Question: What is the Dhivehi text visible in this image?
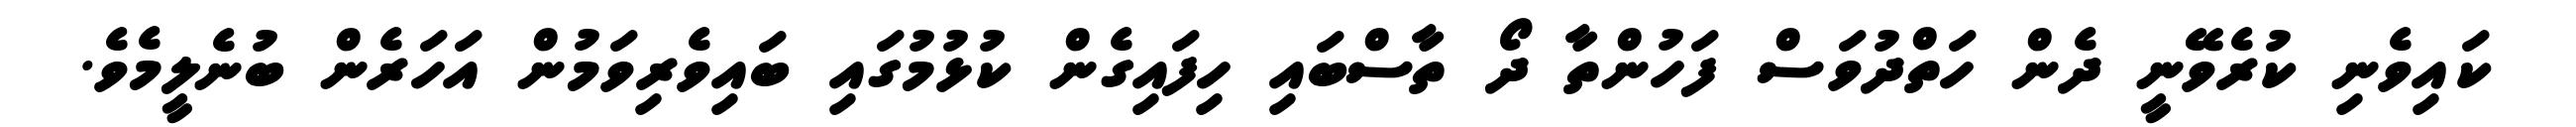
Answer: ކައިވެނި ކުރެވޭނީ ދެން ހަތްދުވަސް ފަހުންތާ ދޯ ތާސްބައި ހިފައިގެން ކުޅުމުގައި ބައިވެރިވަމުން އަހަރެން ބުނެލީމެވެ.